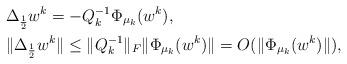
LaTeX: \begin{align*}&\Delta_{\frac{1}{2}}{w}^k=-Q_k^{-1}\Phi_{\mu_k}({w}^k),\\&\|\Delta_{\frac{1}{2}}{w}^k\|\le \|Q_k^{-1}\|_F\|\Phi_{\mu_k}({w}^k)\|=O(\|\Phi_{\mu_k}({w}^k)\|),\end{align*}